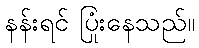
နန်းရင် ပြုံးနေသည်။